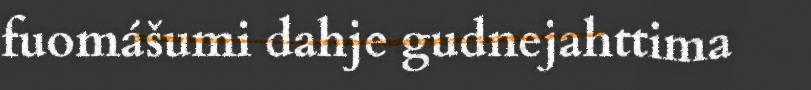
fuomášumi dahje gudnejahttima